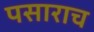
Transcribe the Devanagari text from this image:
पसाराच